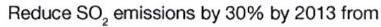
Reduce SO2 emissions by 30% by 2013 from